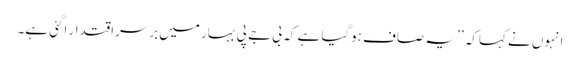
انہوں نے کہاکہ ’’ یہ صاف ہوگیا ہے کہ بی جے پی بہار میں برسراقتدار اگئی ہے۔